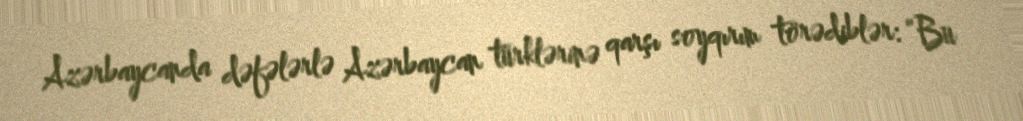
Azərbaycanda dəfələrlə Azərbaycan türklərinə qarşı soyqırım törədiblər: “Bu